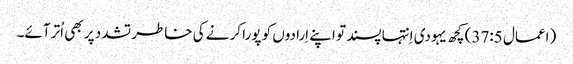
‏ (‏اعمال 5:‏37‏)‏ کچھ یہودی اِنتہاپسند تو اپنے اِرادوں کو پورا کرنے کی خاطر تشدد پر بھی اُتر آئے۔